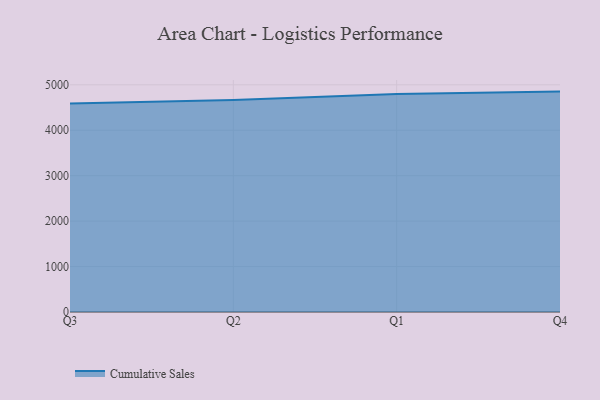
{"axis": {"x": "Quarter", "y": "Production Output"}, "legend": ["Cumulative Sales"], "data": [{"x": "Q3", "y": 4591.6, "type": "Cumulative Sales"}, {"x": "Q2", "y": 4665.7, "type": "Cumulative Sales"}, {"x": "Q1", "y": 4796.5, "type": "Cumulative Sales"}, {"x": "Q4", "y": 4851.5, "type": "Cumulative Sales"}]}